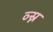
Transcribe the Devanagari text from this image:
व्स्न